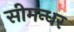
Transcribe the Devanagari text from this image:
सीमन्धर